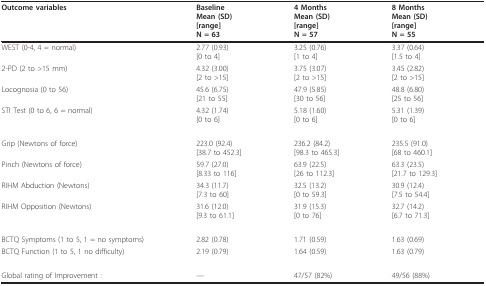
| Outcome variables | BaselineMean (SD)[range]N = 63 | 4 MonthsMean (SD)[range]N = 57 | 8 MonthsMean (SD)[range]N = 55 |
 | --- | --- | --- | --- |
 | WEST (0-4, 4 = normal) | 2.77 (0.93)[0 to 4] | 3.25 (0.76)[1 to 4] | 3.37 (0.64)[1.5 to 4] |
 | 2-PD (2 to >15 mm) | 4.32 (3.00)[2 to >15] | 3.75 (3.07)[2 to >15] | 3.45 (2.82)[2 to >15] |
 | Locognosia (0 to 56) | 45.6 (6.75)[21 to 55] | 47.9 (5.85)[30 to 56] | 48.8 (6.80)[25 to 56] |
 | STI Test (0 to 6, 6 = normal) | 4.32 (1.74)[0 to 6] | 5.18 (1.60)[0 to 6] | 5.31 (1.39)[0 to 6] |
 | Grip (Newtons of force) | 223.0 (92.4)[38.7 to 452.3] | 236.2 (84.2)[98.3 to 465.3] | 235.5 (91.0)[68 to 460.1] |
 | Pinch (Newtons of force) | 59.7 (27.0)[8.33 to 116] | 63.9 (22.5)[26 to 112.3] | 63.3 (23.5)[21.7 to 129.3] |
 | RIHM Abduction (Newtons) | 34.3 (11.7)[7.3 to 60] | 32.5 (13.2)[0 to 59.3] | 30.9 (12.4)[7.5 to 54.4] |
 | RIHM Opposition (Newtons) | 31.6 (12.0)[9.3 to 61.1] | 31.9 (15.3)[0 to 76] | 32.7 (14.2)[6.7 to 71.3] |
 | BCTQ Symptoms (1 to 5, 1 = no symptoms) | 2.82 (0.78) | 1.71 (0.59) | 1.63 (0.69) |
 | BCTQ Function (1 to 5, 1 no difficulty) | 2.19 (0.79) | 1.64 (0.59) | 1.63 (0.79) |
 | Global rating of Improvement : | --- | 47/57 (82%) | 49/56 (88%) |